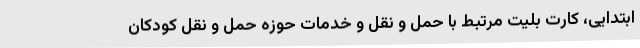
ابتدایی، کارت بلیت مرتبط با حمل و نقل و خدمات حوزه حمل و نقل کودکان